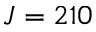
J = 2 1 0